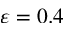
\varepsilon = 0 . 4